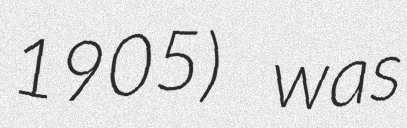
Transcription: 1905) was